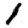
Digit: 1